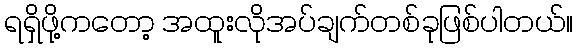
ရရှိဖို့ကတော့ အထူးလိုအပ်ချက်တစ်ခုဖြစ်ပါတယ်။